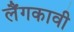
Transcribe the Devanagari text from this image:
लैंगकावी